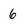
Character: 6